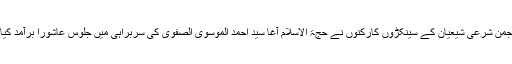
انجمن شرعی شیعیان کے سینکڑوں کارکنوں نے حجۃ الاسلام آغا سید احمد الموسوی الصفوی کی سربراہی میں جلوس عاشورا برآمد کیا ۔